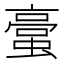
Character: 𮔯